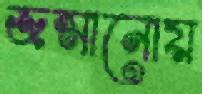
জন্মানোয়